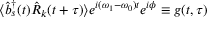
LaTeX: \langle { \hat { b } } _ { s } ^ { \dagger } ( t ) { \hat { R } } _ { k } ( t + \tau ) \rangle e ^ { i ( \omega _ { 1 } - \omega _ { 0 } ) t } e ^ { i \phi } \equiv g ( t , \tau )